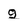
Character: g